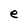
Character: e